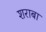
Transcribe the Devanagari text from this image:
शराबा